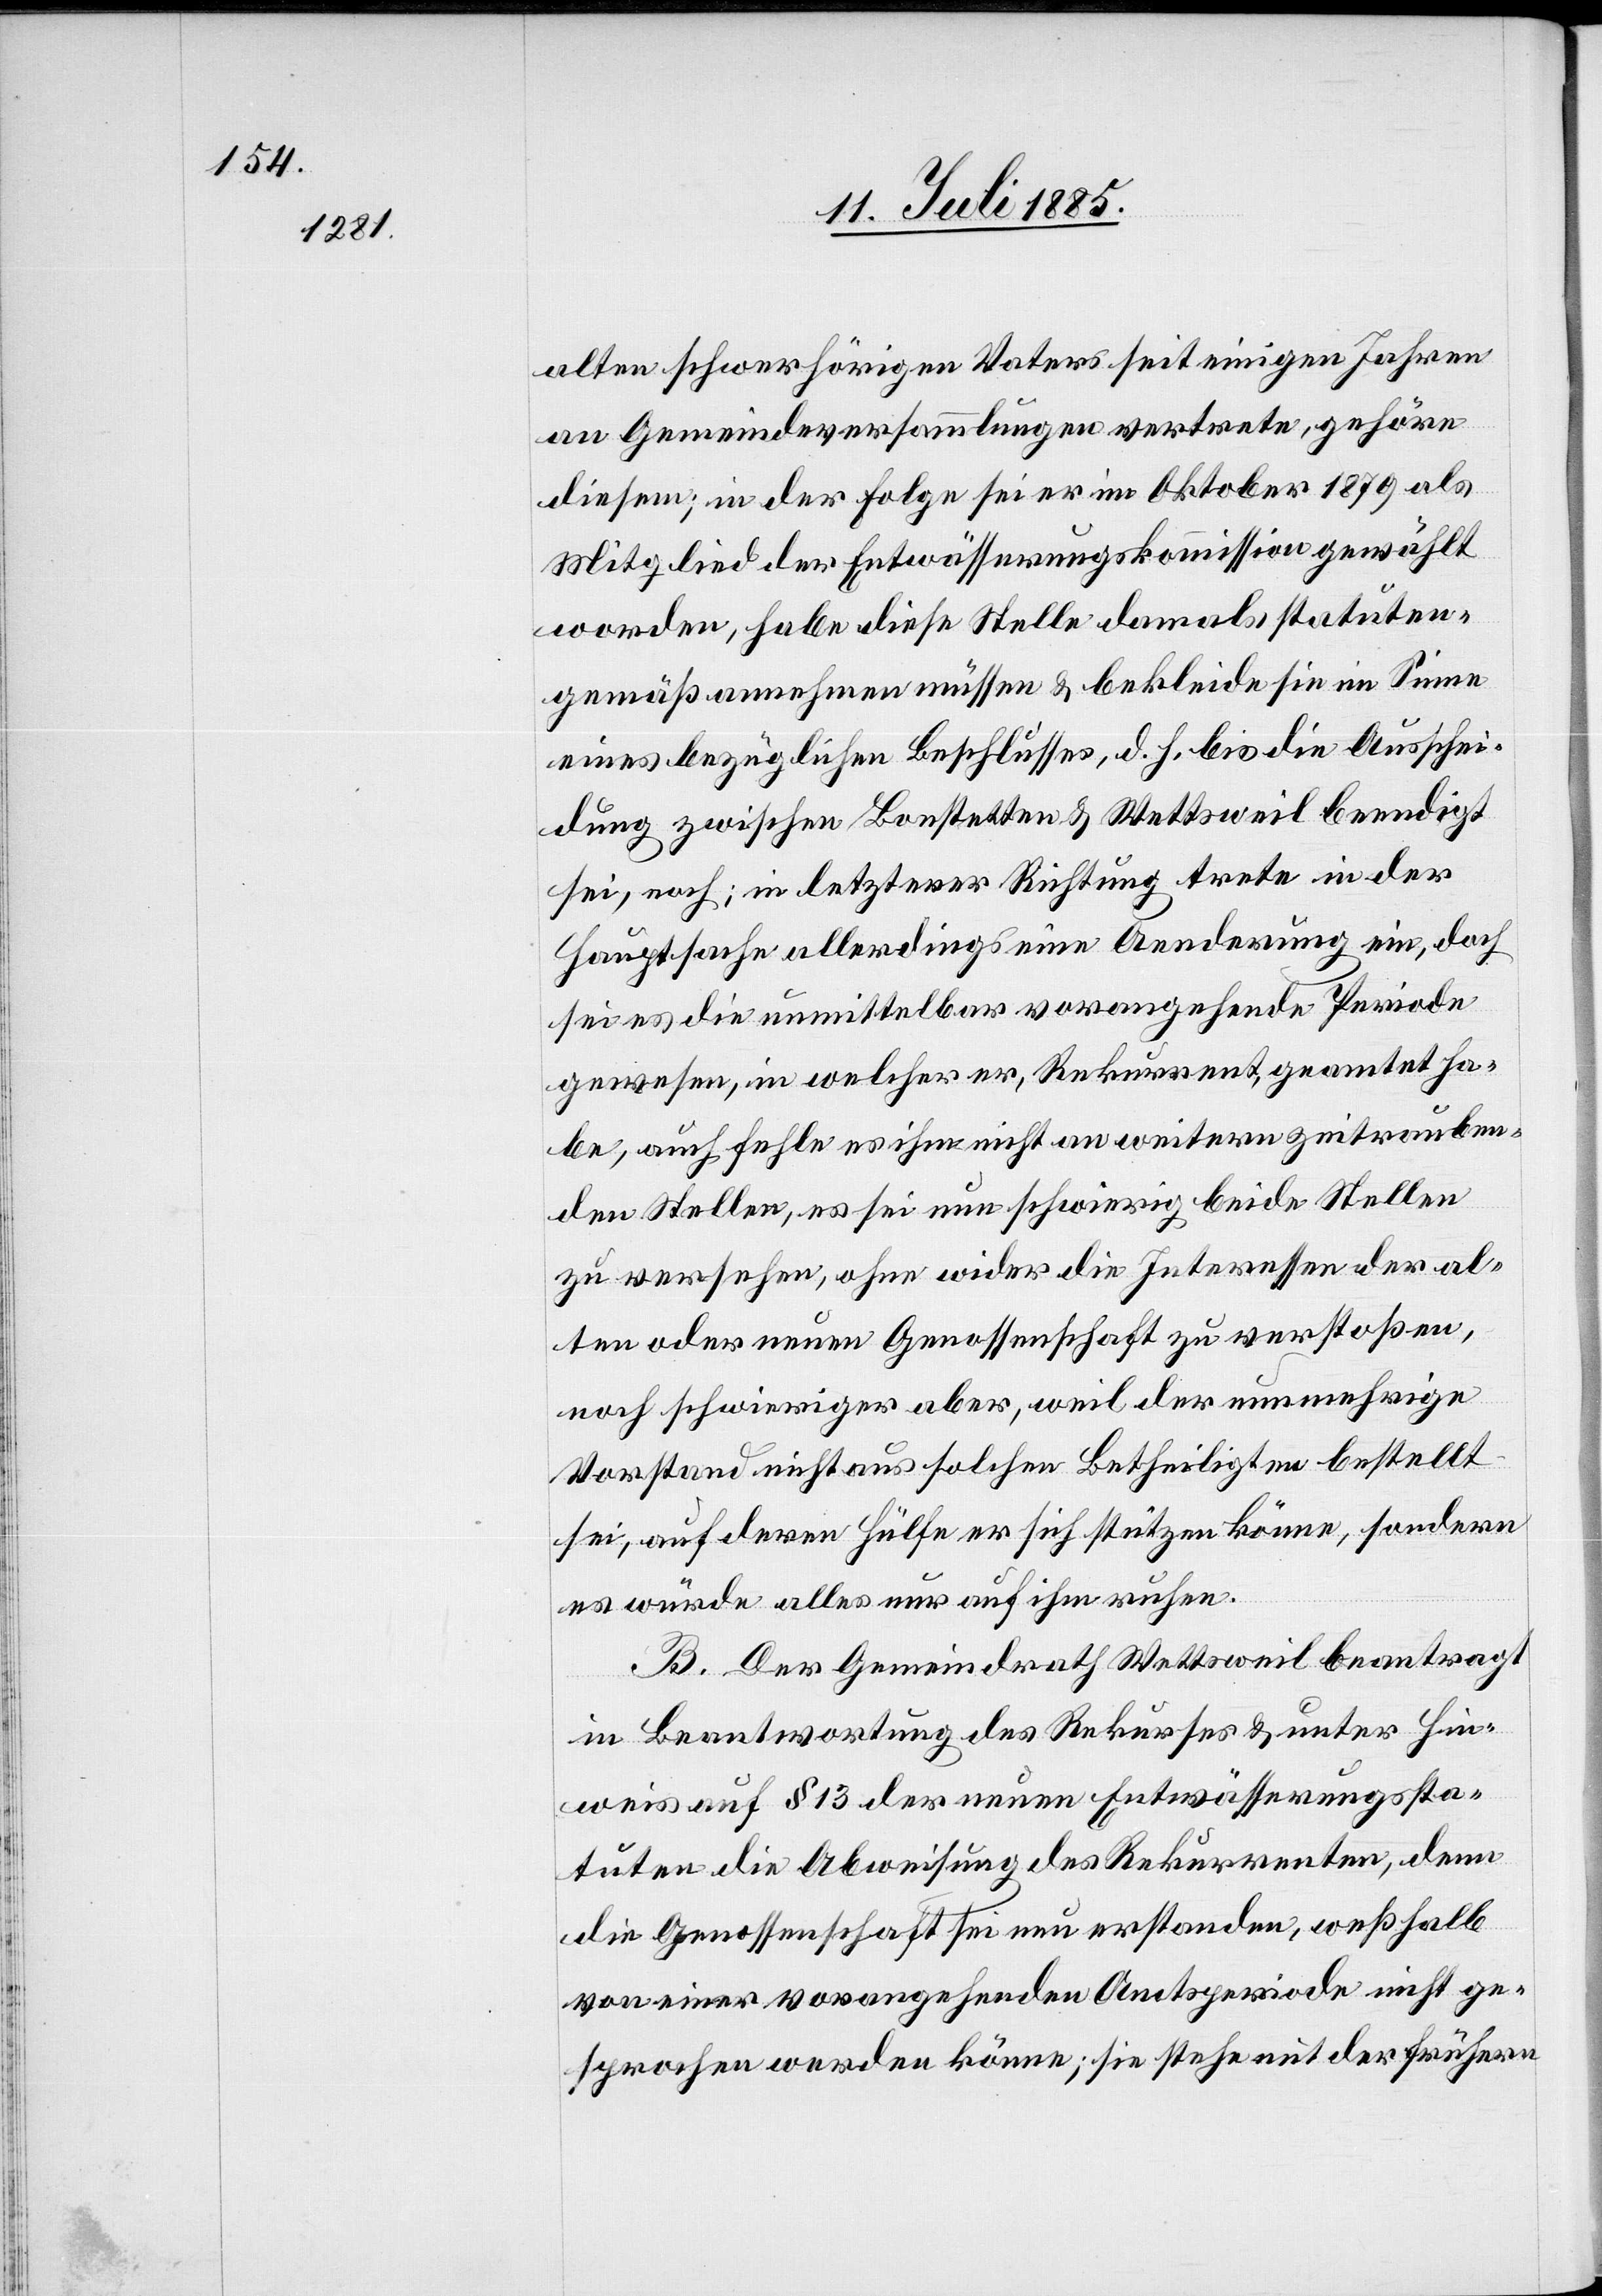
alten schwerhörigen Vaters seit einigen Jahren
an Gemeindeversammlungen vertrete gehöre
diesem; in der Folge sei er im Oktober 1879 als
Mitglied der Entwässerungskommission gewählt
worden, habe diese Stelle damals statuten¬
gemäß annehmen müssen & bekleide sie im Sinne
eines bezüglichen Beschlusses, d. h. bis die Ausschei¬
dung zwischen Bonstetten & Wettsweil beendigt
sei, noch; in letzterer Richtung trete in der
Hauptsache allerdings eine Aenderung ein, doch
sei es die unmittelbar vorangehende Periode
gewesen, in welcher er, Rekurrent, geamtet ha¬
be, auch fehle es ihm nicht an weitern zeitrauben¬
den Stellen, es sei nun schwierig beide Stellen
zu versehen, ohne wider die Interessen der al¬
ten oder neuen Genossenschaft zu verstoßen,
noch schwieriger aber, weil der nunmehrige
Vorstand nicht aus solchen Betheiligten bestellt
sei, auf deren Hülfe er sich stützen könne, sondern
es würde alles nur auf ihm ruhen.
B. Der Gemeindrath Wettsweil beantragt
in Beantwortung des Rekurses & unter Hin¬
weis auf § 13 der neuen Entwässerungssta¬
tuten die Abweisung des Rekurrenten, denn
die Genossenschaft sei neu erstanden, weßhalb
von einer vorangehenden Amtsperiode nicht ge¬
sprochen werden könne; sie stehe mit der frühern